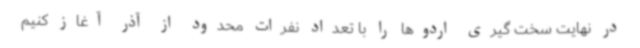
در نهایت سخت گیری اردوها را با تعداد نفرات محدود از آذر آغاز کنیم